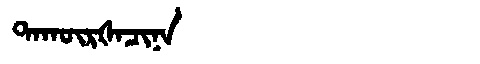
Manchu: ᡨᠠᡴᡡᡵᡧᠠᠴᡳᠨᠠ
Romanization: TAKŪRŠACINA